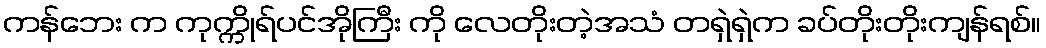
ကန်ဘေး က ကုက္ကိုရ်ပင်အိုကြီး ကို လေတိုးတဲ့အသံ တရှဲရှဲက ခပ်တိုးတိုးကျန်ရစ်။